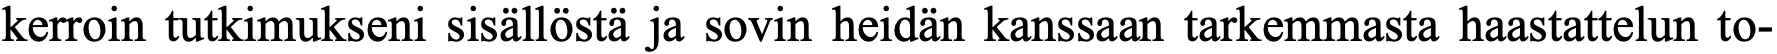
kerroin tutkimukseni sisällöstä ja sovin heidän kanssaan tarkemmasta haastattelun to-